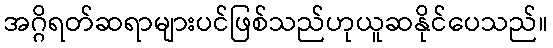
အဂ္ဂိရတ်ဆရာများပင်ဖြစ်သည်ဟုယူဆနိုင်ပေသည်။